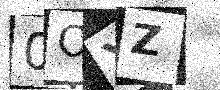
Text: 0OXZ